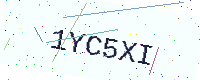
Text: 1YC5XI